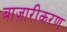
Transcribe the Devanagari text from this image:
बाज़ारीकरण